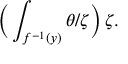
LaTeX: { \bigg ( } \int _ { f ^ { - 1 } ( y ) } \theta / \zeta { \bigg ) } \, \zeta .